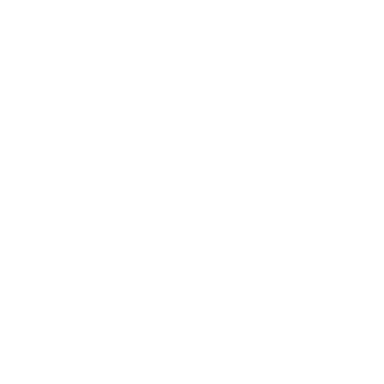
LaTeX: \fbox { \displaystyle \lim _ { \hbar \to 0 } \mathrm { s y m b } \left( \Omega ^ { p } A \right) = \bigwedge _ { \mathrm { M S } } ^ { p } ( { \cal M } _ { 2 N } ) }